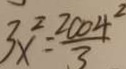
3 x ^ { 2 } = \frac { 2 0 0 4 ^ { 2 } } { 3 }